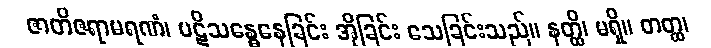
ဇာတိဇရာမရဏံ၊ ပဋိသန္ဓေနေခြင်း အိုခြင်း သေခြင်းသည်။ နတ္ထိ၊ မရှိ။ တတ္ထ၊